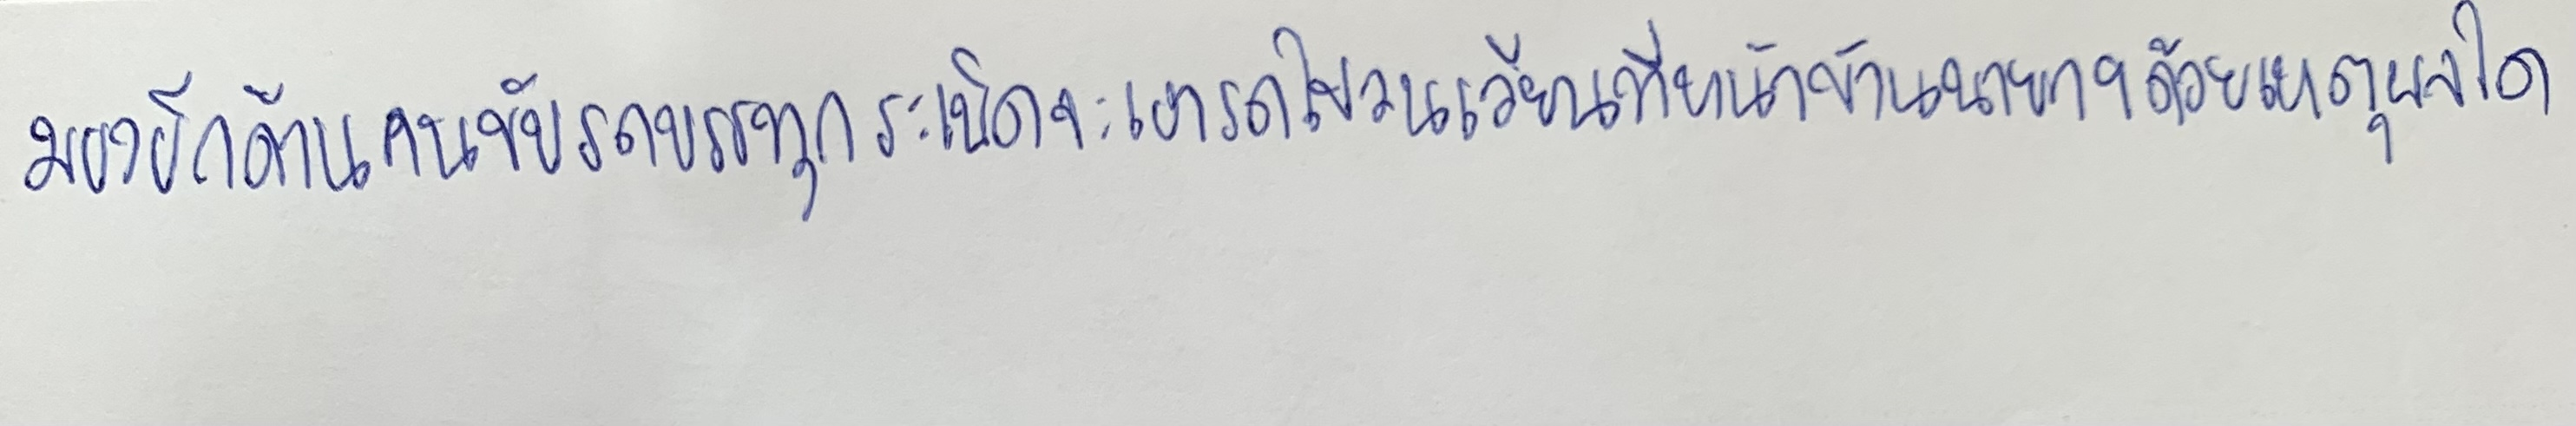
มองอีกด้านคนขับรถบรรทุกระเบิดจะเอารถไปวนเวียนที่หน้าบ้านนายกฯด้วยเหตุผลใด